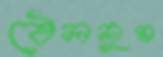
ঠেললুম